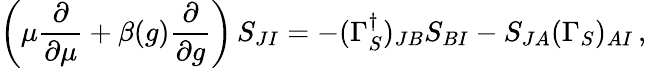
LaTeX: \left(\mu{\frac{\partial}{\partial\mu}}+\beta(g){\frac{\partial}{\partial g}}\right)\, S_{JI}=-(\Gamma_{S}^{\dagger})_{JB}S_{BI}-S_{JA}(\Gamma_{S})_{AI}\, ,